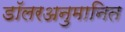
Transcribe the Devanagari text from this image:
डॉलरअनुमानित